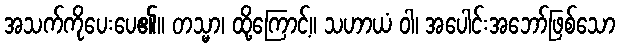
အသက်ကိုပေးပေ၏။ တသ္မာ၊ ထို့ကြောင့်။ သဟာယံ ဝါ၊ အပေါင်းအဘော်ဖြစ်သော